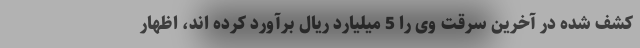
کشف شده در آخرین سرقت وی را 5 میلیارد ریال برآورد کرده اند، اظهار